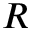
R